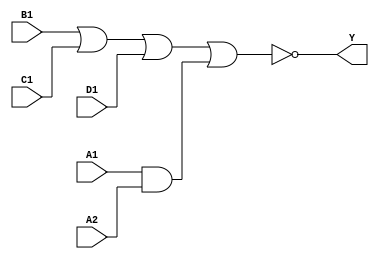
module sky130_fd_sc_lp__a2111oi (
    Y ,
    A1,
    A2,
    B1,
    C1,
    D1
);

    // Module ports
    output Y ;
    input  A1;
    input  A2;
    input  B1;
    input  C1;
    input  D1;

    // Local signals
    wire and0_out  ;
    wire nor0_out_Y;

    //  Name  Output      Other arguments
    and and0 (and0_out  , A1, A2              );
    nor nor0 (nor0_out_Y, B1, C1, D1, and0_out);
    buf buf0 (Y         , nor0_out_Y          );

endmodule